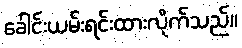
ခေါင်းယမ်းရင်းထားလိုက်သည်။